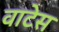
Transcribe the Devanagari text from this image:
वाटेस